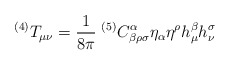
\begin{align*}^{(4)}T_{\mu\nu}=\frac{1}{8\pi}\;^{(5)}C^{\alpha}_{\beta\rho\sigma}\eta_{\alpha}\eta^{\rho}h_{\mu}^{\beta}h_{\nu}^{\sigma}\end{align*}